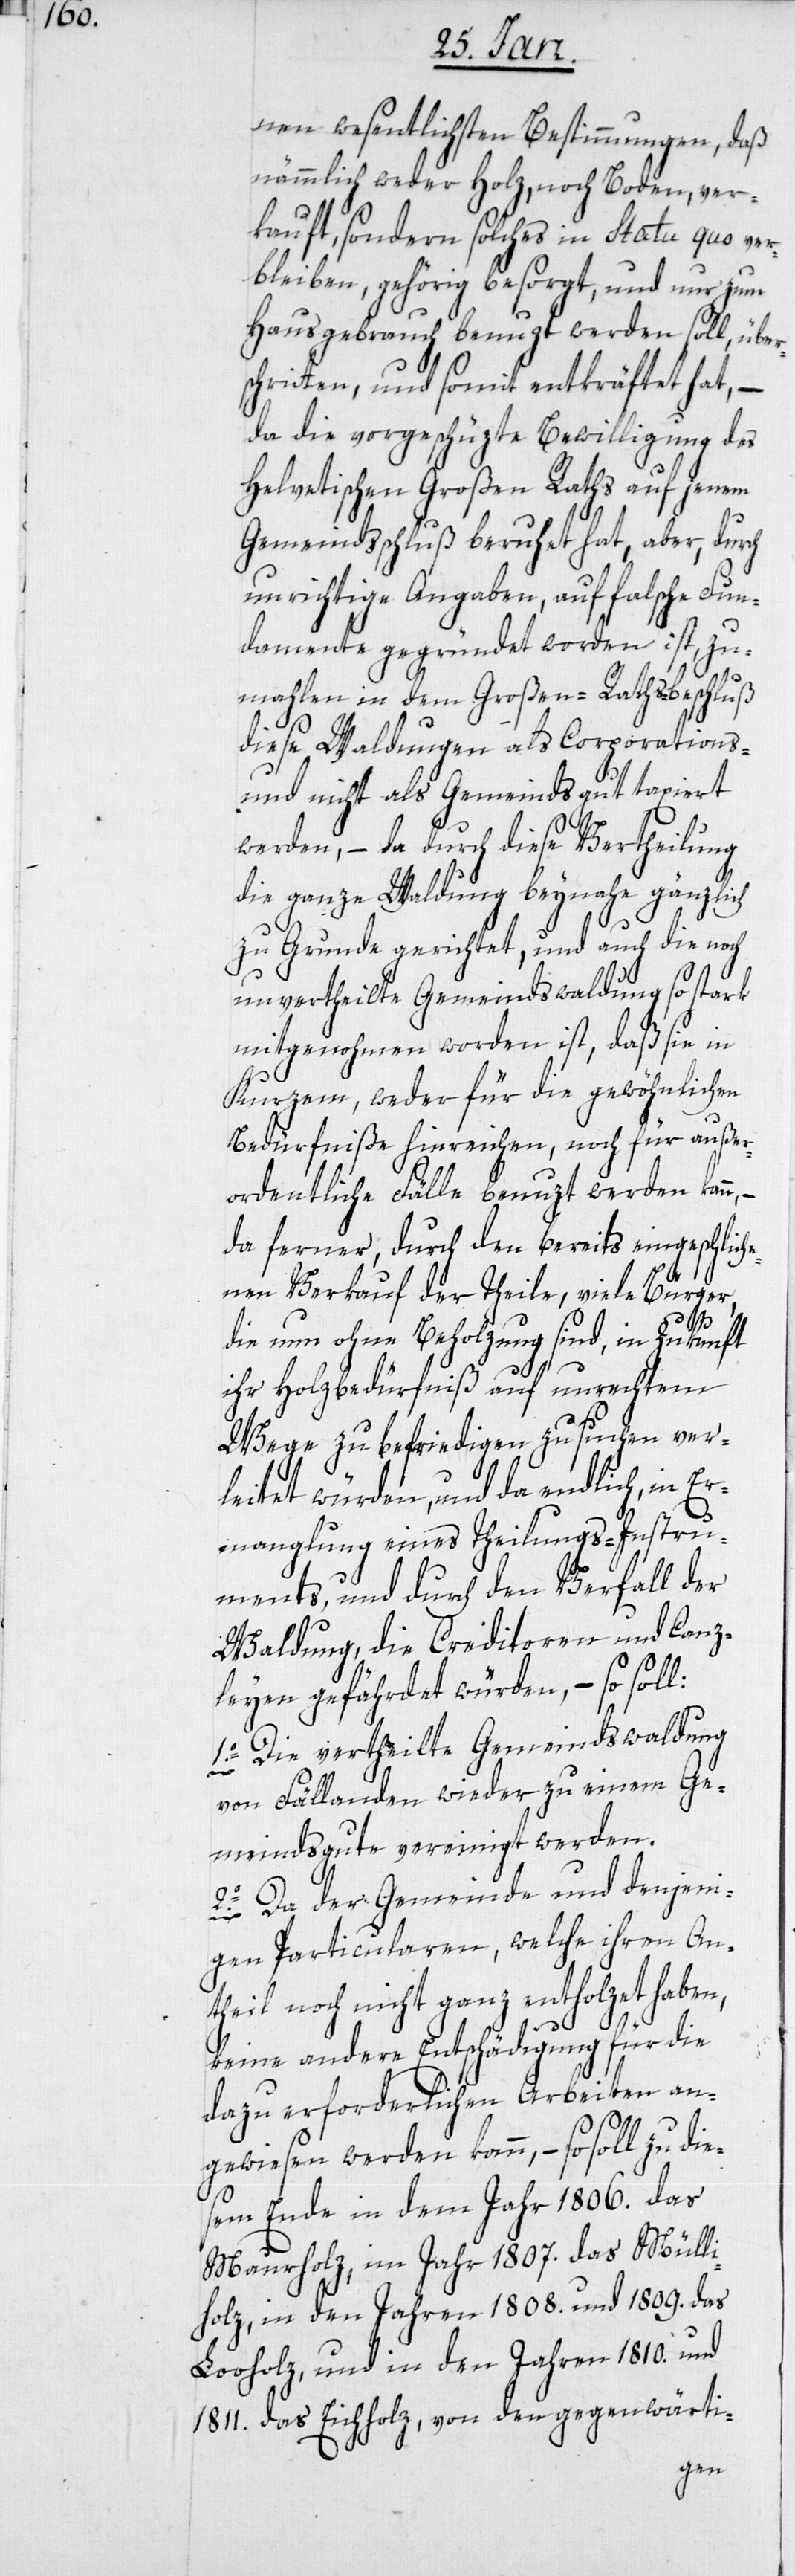
nen wesentlichen Bestimmungen, daß
nämmlich weder Holz, noch Boden, ver¬
kauft, sondern solches in Statu quo ver¬
bleiben, gehörig besorgt, und nur zum
Hausgebrauch benuzt werden soll, übe¬
chritten, und somit entkräftet hat, –
da die vorgeschüzte Bewilligung des
Helvetischen Großen Raths auf jenem
Gemeindsschluß beruhet hat, aber, durch
unrichtige Angaben, auf falsche Fun¬
damente gegründet worden ist, zu¬
mahlen in dem Großen-Raths-Beschluß
diese Waldungen als Corporations-
und nicht als Gemeindsgut taxiert
werden, – da durch diese Vertheilung
die ganze Waldung beynahe gänzlich
zugrunde gerichtet, und auch die noch
unvertheilte Gemeindswaldung so stark
mitgenohmen worden ist, daß sie in
Kurzem, weder für die gewöhnlichen
Bedürfniße hinreichen, noch für außer¬
ordentliche Fälle benuzt werden kann,
da ferner, durch den bereits eingeschlich¬
enen Verkauf der Theile, viele Bürger,
rs¬
die nun ohne Beholzung sind, in Zukunft
ihr Holzbedürfniß auf unrechtem
Wege zu befriedigen zu suchen ver¬
leitet würden, und da endlich, in
Ermanglung eines Theilungs-Instru¬
ments, und durch den Verfall der
Waldung, die Creditoren und Canz¬
leyen gefährdet würden, – so soll:
1o. Die vertheilte Gemeindswaldung
von Fällanden wieder zu einem Ge¬
meindsgute vereinigt werden.
2o. Da der Gemeinde und denjeni¬
gen Particularen, welche ihren An¬
theil noch nicht ganz entholzet haben,
keine andere Entschädigung für die
dazu erforderlichen Arbeiten an¬
gewiesen werden kann, – so soll zu die¬
sem Ende in dem Jahr 1806. das
Maurholz, im Jahr 1807. das Mülli¬
holz, in den Jahren 1808. und 1809. das
Looholz, und in den Jahren 1810. und
1811. das Eichholz, von den gegenwärti-